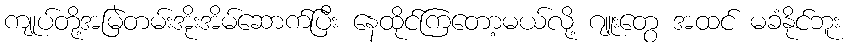
ကျုပ်တို့အမြဲတမ်းအိုးအိမ်ဆောက်ပြီး နေထိုင်ကြတော့မယ်လို့ ဂျူးတွေ အထင် မခံနိုင်ဘူး